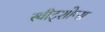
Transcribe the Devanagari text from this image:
स्वीट्शोप्स